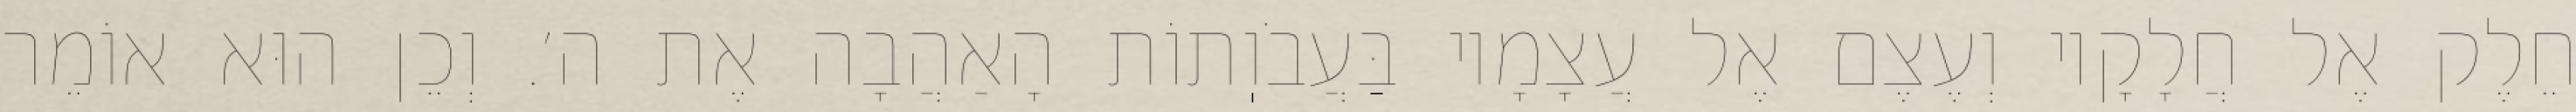
חֵלֶק אֶל חֲלָקָיו וְעֶצֶם אֶל עֲצָמָיו בַּעֲבֹוֽתוֹת הָאַהֲבָה אֶת ה׳. וְכֵן הוּא אוֹמֵר